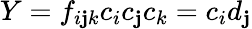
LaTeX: Y=f_{i\mathbf{j}k}c_{i}c_{\mathbf{j}}c_{k}=c_{i}d_{\mathbf{j}}